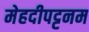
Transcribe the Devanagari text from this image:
मेहदीपट्टनम